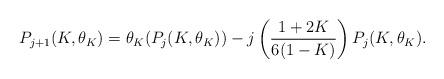
LaTeX: \begin{align*} P_{j+1}(K,\theta_K) = \theta_K(P_j(K,\theta_K)) - j\left(\frac{1+2K}{6(1-K)}\right)P_j(K,\theta_K).\end{align*}